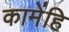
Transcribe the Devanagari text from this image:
कामेंहि